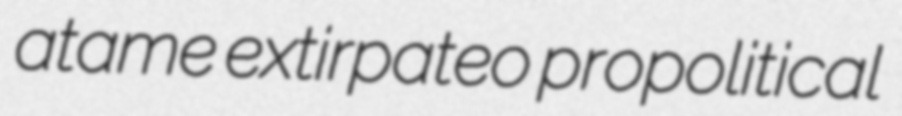
atame extirpateo propolitical